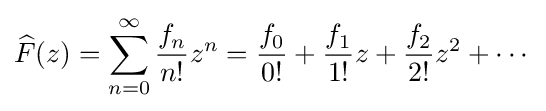
{\widehat {F}}(z)=\sum _{n=0}^{\infty }{\frac {f_{n}}{n!}}z^{n}={\frac {f_{0}}{0!}}+{\frac {f_{1}}{1!}}z+{\frac {f_{2}}{2!}}z^{2}+\cdots